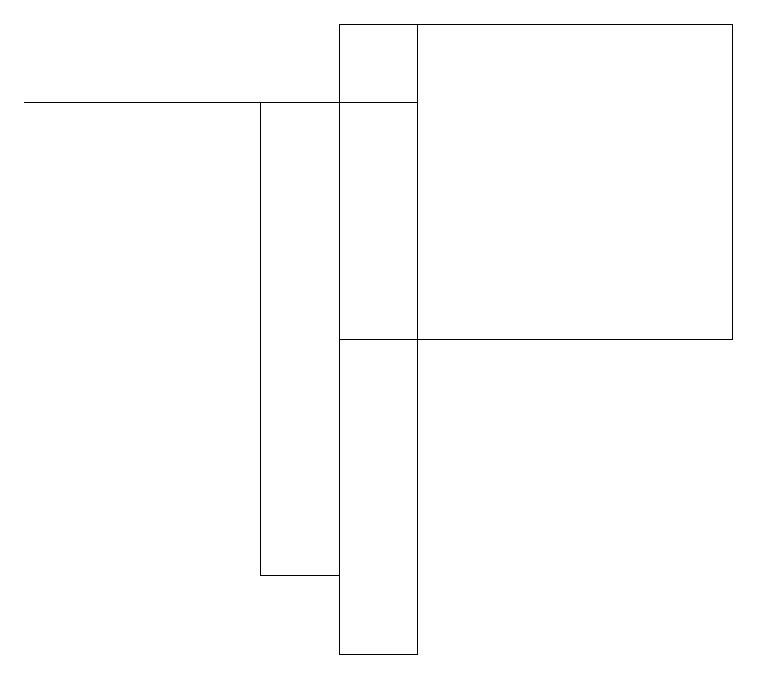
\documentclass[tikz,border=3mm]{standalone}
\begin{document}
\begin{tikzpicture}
\draw (4,12) rectangle (3,18);
\draw (4,15) rectangle (9,19);
\draw (4,19) rectangle (5,11);
\draw (5,18) rectangle (0,18);
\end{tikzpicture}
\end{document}